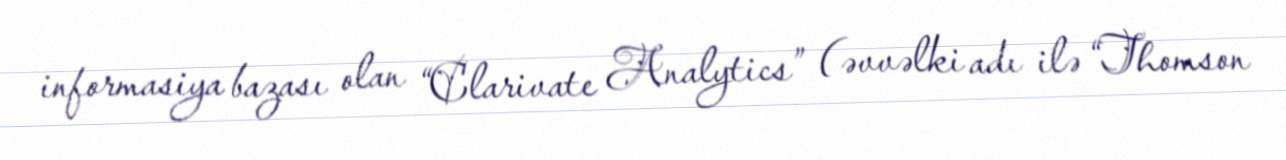
informasiya bazası olan “Clarivate Analytics” (əvvəlki adı ilə “Thomson